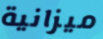
ميزانية